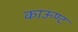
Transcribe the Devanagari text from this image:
काऊण्ट